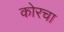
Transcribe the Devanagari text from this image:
कोरचा